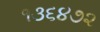
૧૩૬૪૭૨